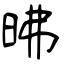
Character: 昲